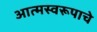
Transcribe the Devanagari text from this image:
आत्मस्वरूपाचे